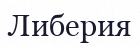
Либерия